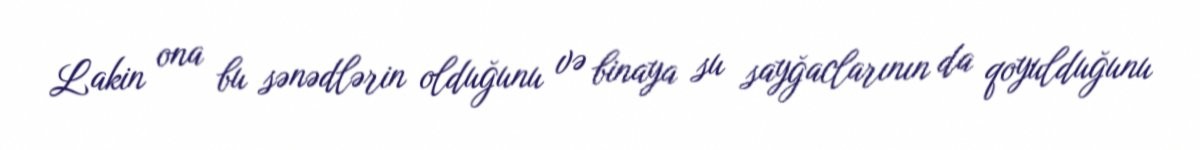
Lakin ona bu sənədlərin olduğunu və binaya su sayğaclarının da qoyulduğunu